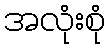
အလုံးစုံ